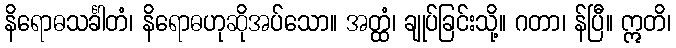
နိရောဓသင်္ခါတံ၊ နိရောဓဟုဆိုအပ်သော။ အတ္ထံ၊ ချုပ်ခြင်းသို့။ ဂတာ၊ န်ပြီ။ ဣတိ၊